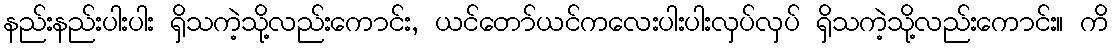
နည်းနည်းပါးပါး ရှိသကဲ့သို့လည်းကောင်း, ယင်တော်ယင်ကလေးပါးပါးလှပ်လှပ် ရှိသကဲ့သို့လည်းကောင်း။ ကိ